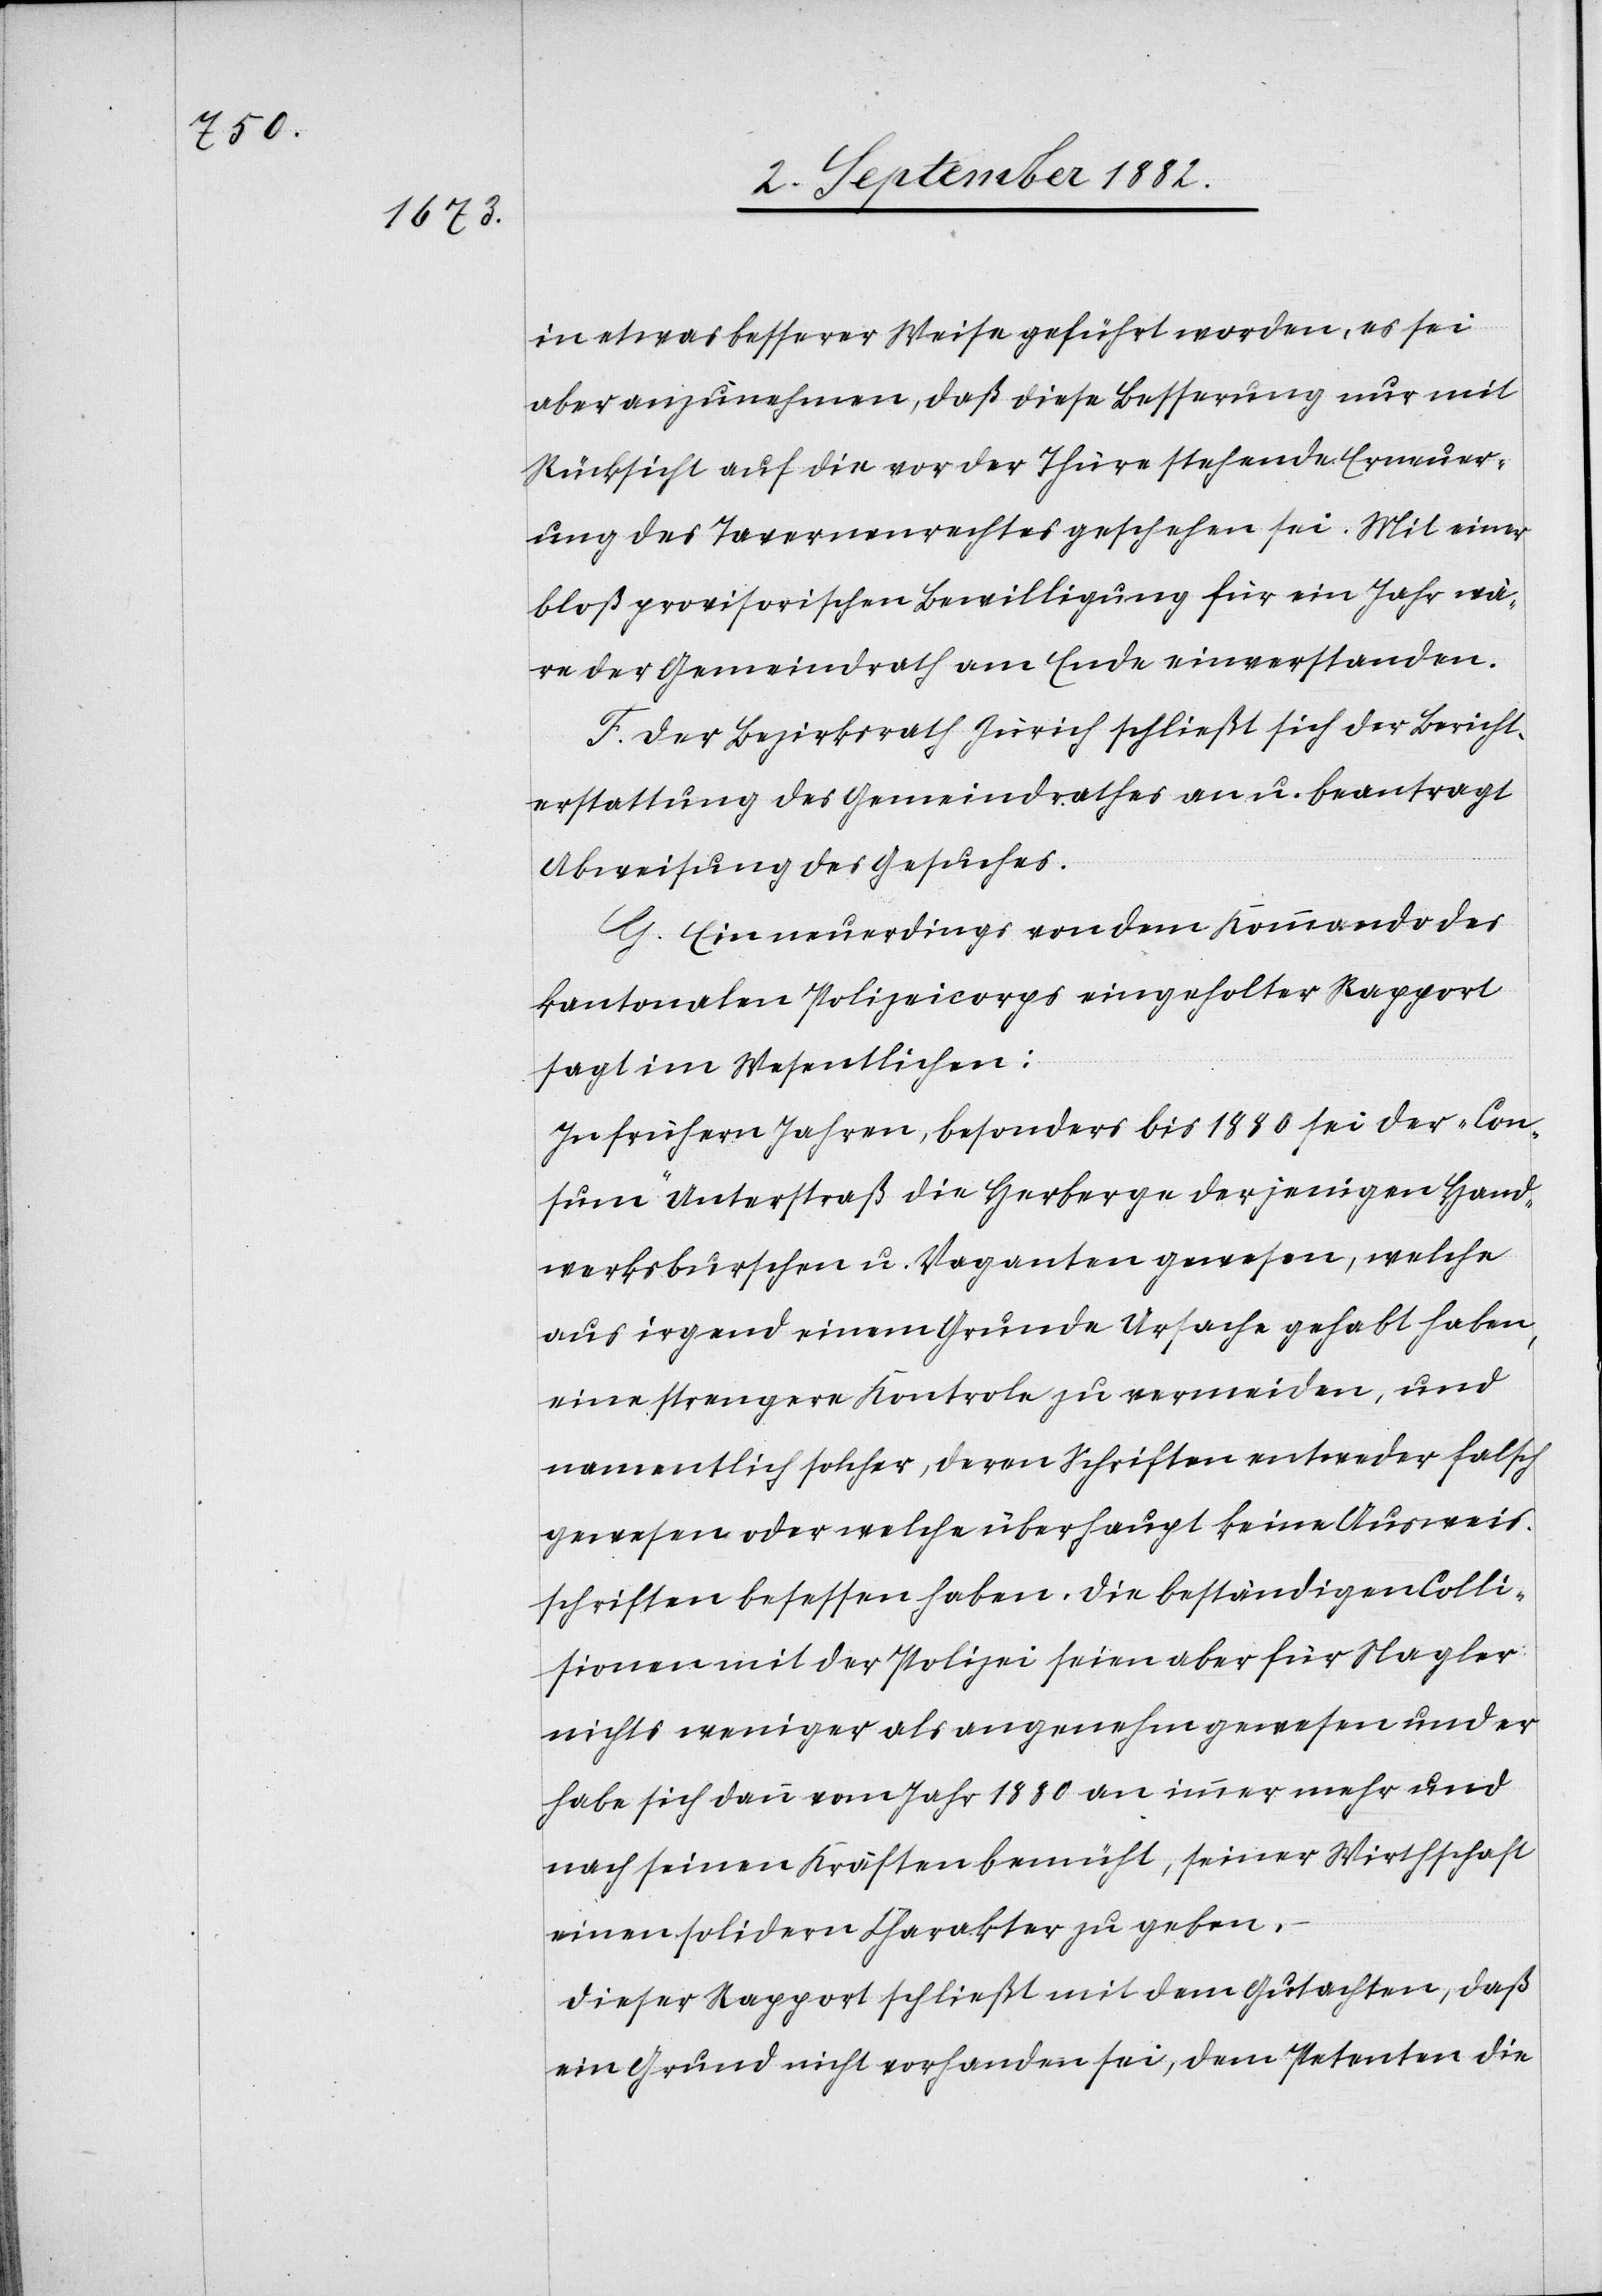
in etwas besserer Weise geführt worden, es sei
aber anzunehmen, daß diese Besserung nur mit
Rücksicht auf die vor der Thüre stehende Erneuer¬
ung des Tavernenrechtes geschehen sei. Mit einer
bloß provisorischen Bewilligung für ein Jahr wä¬
re der Gemeindrath am Ende einverstanden.
F. Der Bezirksrath Zürich schließt sich der Bericht¬
erstattung des Gemeindrathes an u. beantragt
Abweisung des Gesuches.
G. Ein neuerdings von dem Kommando des
kantonalen Polizeicorps eingeholter Rapport
sagt im Wesentlichen:
In frühern Jahren, besonders bis 1880 sei der „Con¬
sum“ Unterstraß die Herberge derjenigen Hand¬
werksburschen u. Vaganten gewesen, welche
aus irgend einem Grunde Ursache gehabt haben,
eine strengere Kontrole zu vermeiden, und
namentlich solcher, deren Schriften entweder falsch
gewesen oder welche überhaupt keine Ausweis¬
schriften besessen haben. Die beständigen Colli¬
sionen mit der Polizei seien aber für Nagler
nichts weniger als angenehm gewesen und er
habe sich dann vom Jahr 1880 an immer mehr und
nach seinen Kräften bemüht, seiner Wirthschaft
einen solidern Charakter zu geben,
Dieser Rapport schließt mit dem Gutachten, daß
ein Grund nicht vorhanden sei, dem Petenten die